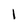
Character: l